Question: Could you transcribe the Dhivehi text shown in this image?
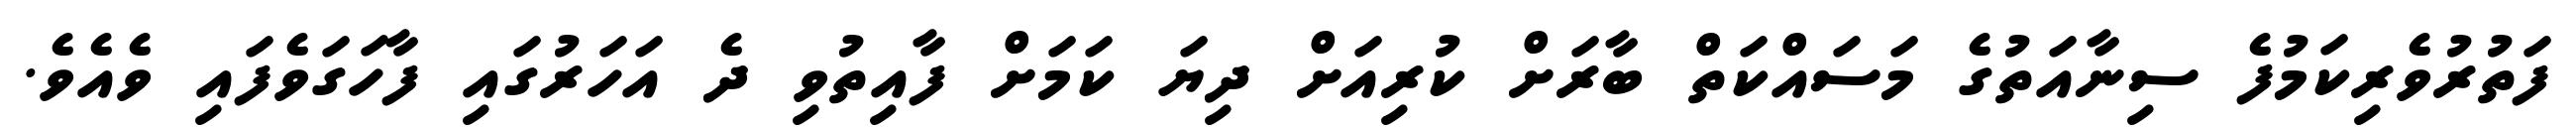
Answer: ފަތުރުވެރިކަމުފެ ސިނާއަތުގެ މަސައްކަތް ބާރަށް ކުރިއަށް ދިޔަ ކަމަށް ފާއިތުވި ދެ އަހަރުގައި ފާހަގަވެފައި ވެއެވެ.